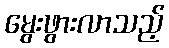
မွေးဖွားလာသည့်